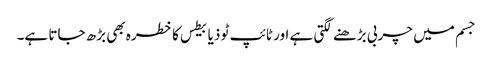
جسم میں چربی بڑھنے لگتی ہے اور ٹائپ ٹو ذیابیطس کا خطرہ بھی بڑھ جاتا ہے۔